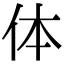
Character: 体